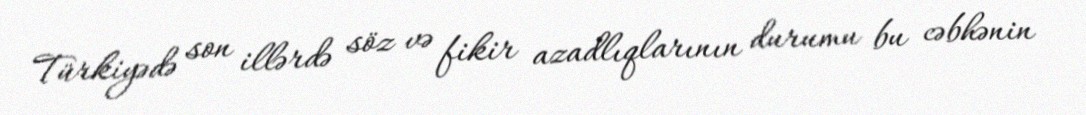
Türkiyədə son illərdə söz və fikir azadlıqlarının durumu bu cəbhənin